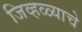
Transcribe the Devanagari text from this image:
जिव्हळ्याचे